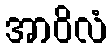
အာဝိလံ